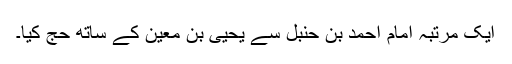
ایک مرتبہ امام احمد بن حنبل سے یحییٰ بن معین کے ساتھ حج کیا۔